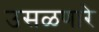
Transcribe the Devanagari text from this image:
उसळणारे